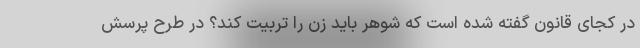
در کجای قانون گفته شده است که شوهر باید زن را تربیت کند؟ در طرح پرسش